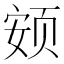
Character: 𱂨